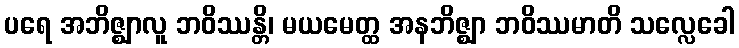
ပရေ အဘိဇ္ဈာလူ ဘဝိဿန္တိ၊ မယမေတ္ထ အနဘိဇ္ဈာ ဘဝိဿမာတိ သလ္လေခေါ